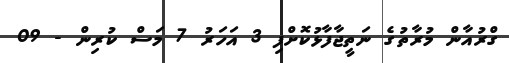
ގްރުއާން މުރާތުގެ ނަތީޖާފާޅުކޮށްފި 3 އަހަރު 7 މަސް ކުރިން - 09